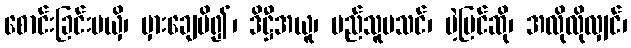
စောင်းခြင်းမယှိ၊ မှားချေမိ၍၊ ဒိဋ္ဌီအယူ၊ မည်သူမသင်၊ ပဲ့ပြင်ဆို၊ အလိုလိုလျှင်၊